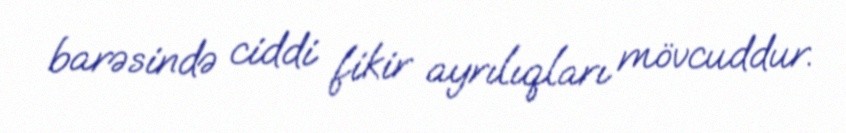
barəsində ciddi fikir ayrılıqları mövcuddur.